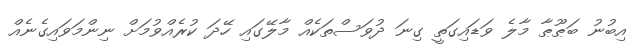
އިބުނު ބަޠޫޠާ މާލެ ވަޑައިގަތީ ގިނަ ދުވަސްތަކެއް މާލޭގައި ހޭދަ ކުރެއްވުމަށް ނިންމަވައިގެނެއް